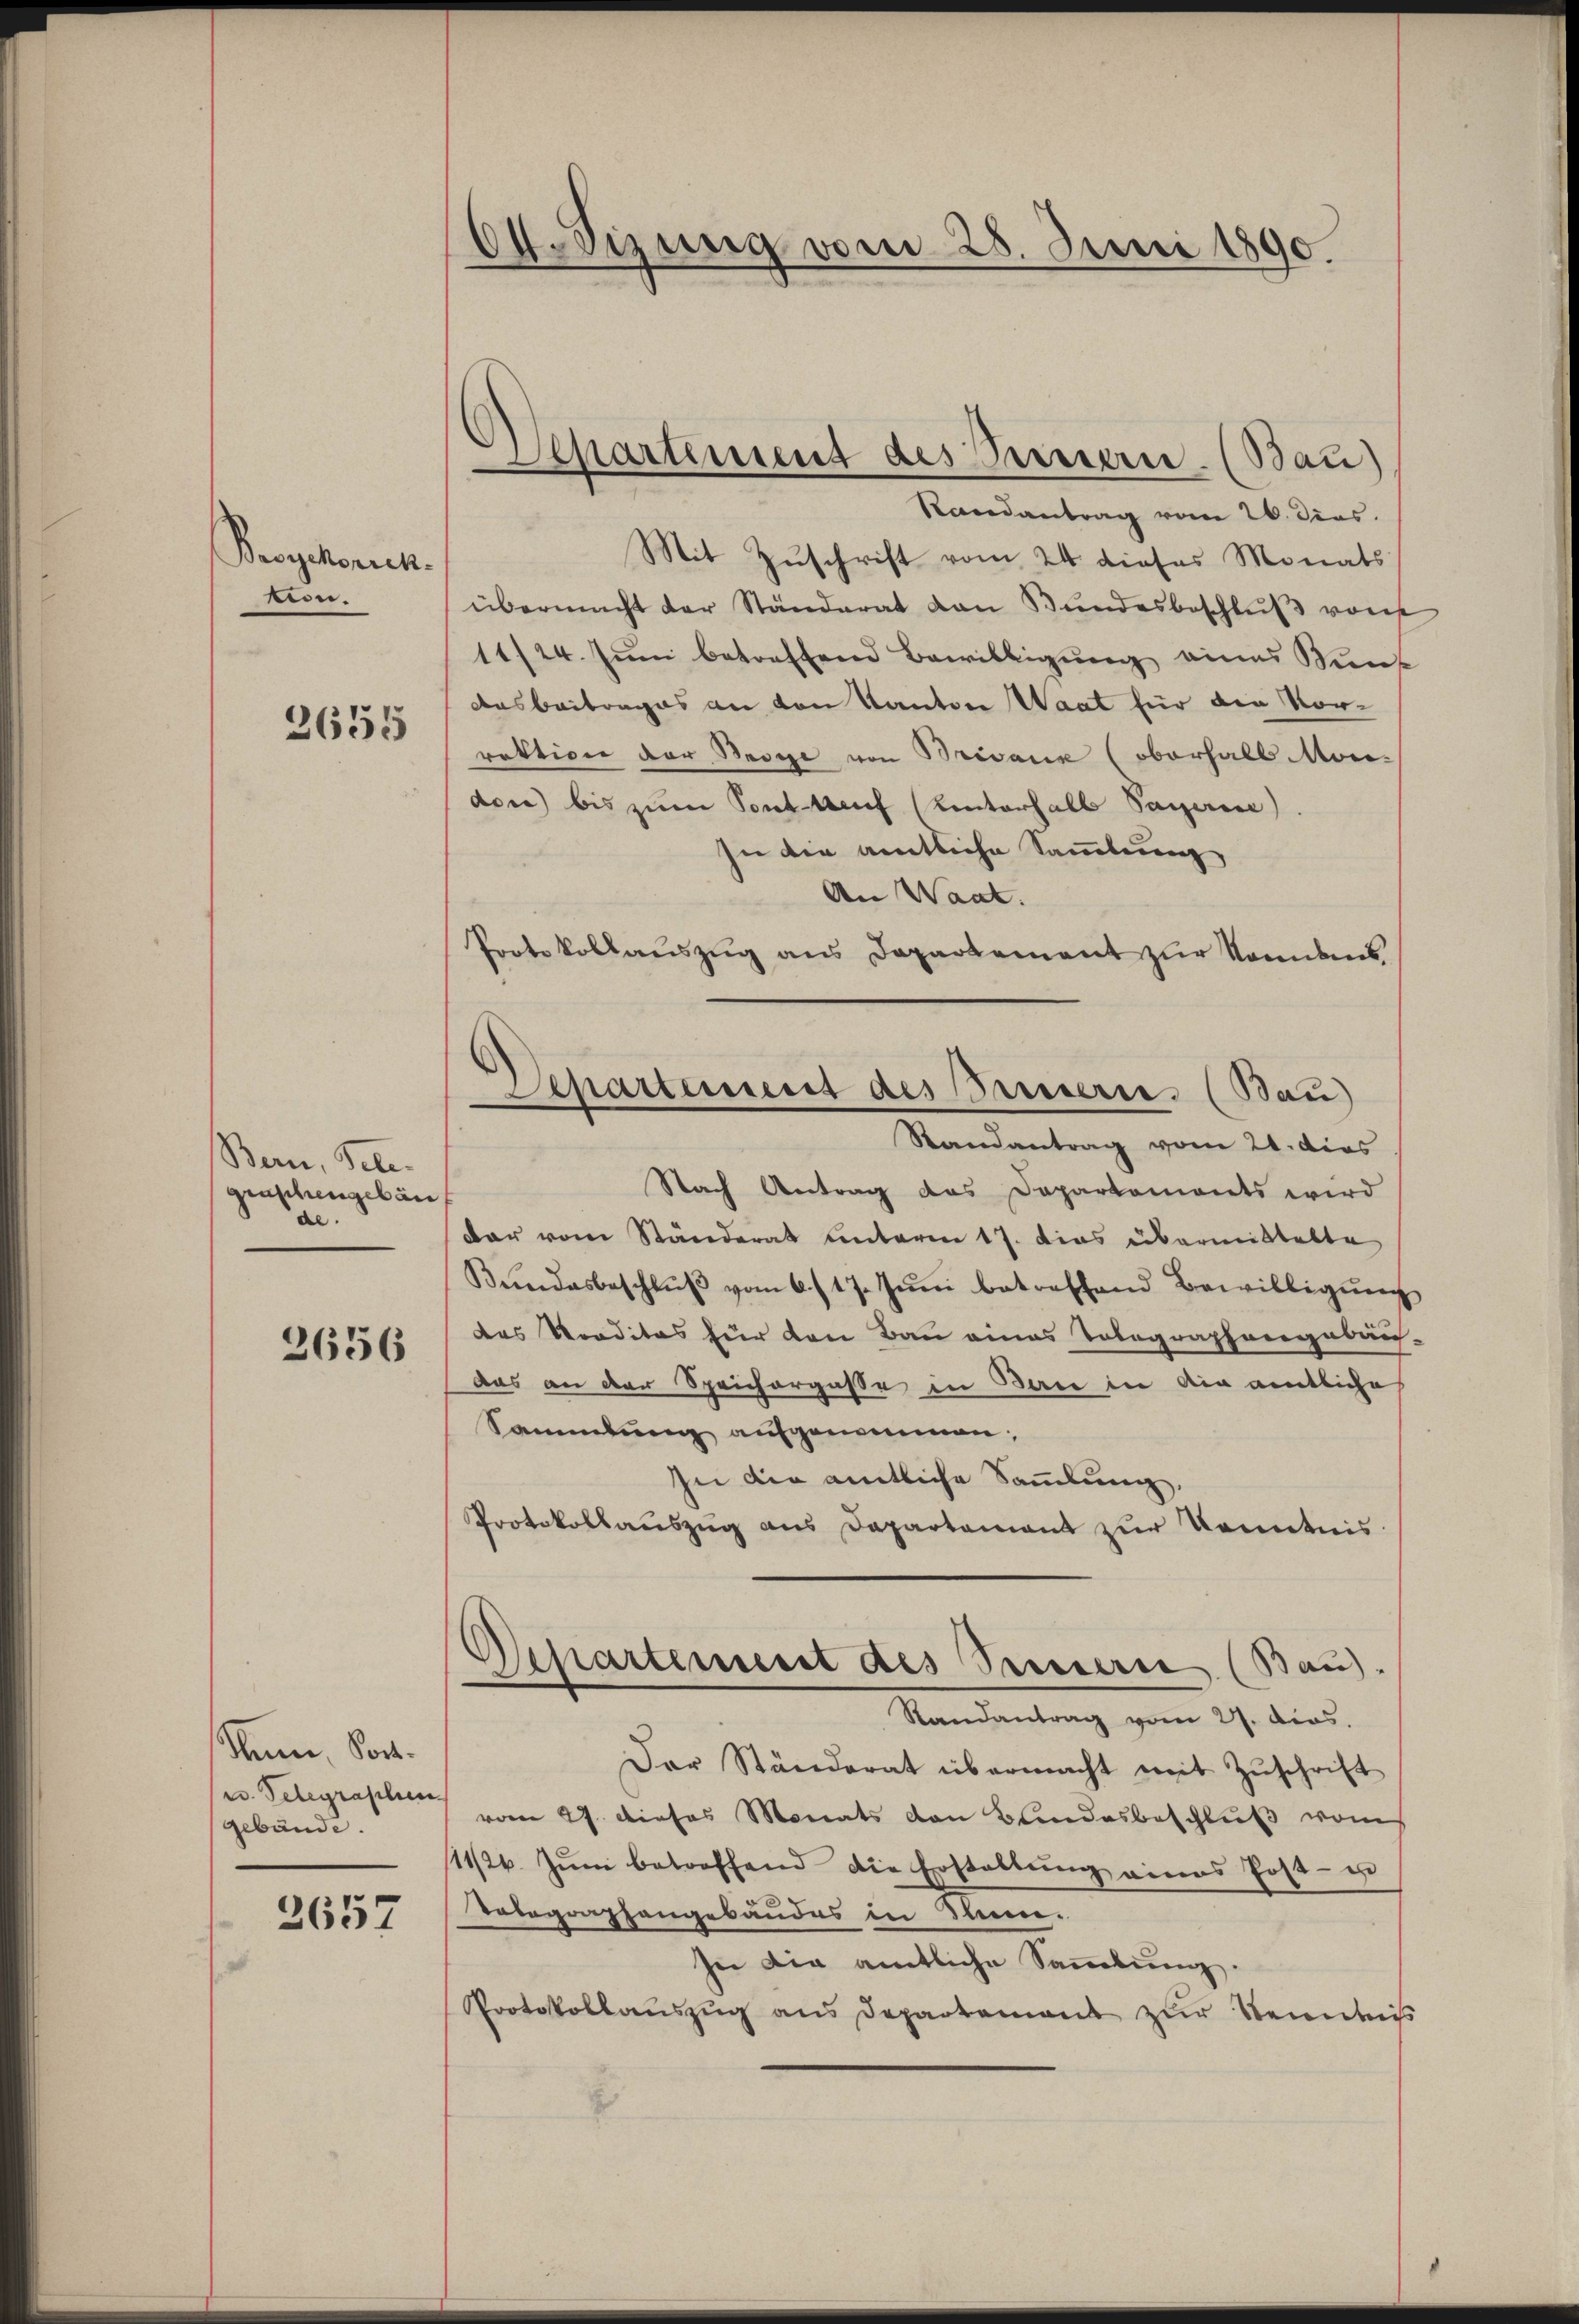
Bayckorich.
koon.

2655

Bern, Tele-
graphengebäu
de.

2656

Sum, Sort.
v. Telegraphen
gebäude.

2657

64 Sizung vom 28. Juni 1890.

Apartement des Prieserie. (Bau)
Randantrag vom 26. Dies

Mit Zuschrift vom 24. dieses Monats
übermacht der Ständerat an Bŭndesbeschlŭβ vors
11/24. Juni betreffend Bewilligung eines Kunk
Ausbeitrages an von Kanton Waat für die Vor-
rektion der Besie von Brivaux (oberhalb Mordere bis zum Pontteif (Unterhalb Sagerei)
In die amtliche Sammlung
An Waat.
Protokollaŭszŭg ans Departement zŭr Namens
Nach Antrag das Dapartements wird
dar vom Ständerat unterm 17. dies übermittelte
Bŭndesbeschlŭβ vom 6./17. Jŭni betreffend Bewilligŭng
das Preditas für den Bau eines Tolegraphengebäu-
das an der Sprichorgasse in Bare in Ain amtliche
Sammlung aufgenommen,
In der amtliche Sammlung,
Protokollauszug aus Departement zur Kenntnis.
Departement des Sennern (Bau).
Randantrag vom 27. dios.
Der Ständerat übermacht mit Zŭschrift
vom 27. dieses Monats von Blindesbeschluß vom
11/2. Jŭni betreffend die Erstaltung eines Post- u
Telegraphengebäudes in Sinn.
In die amtliche Sammlung.
Protokollaŭszŭg ans Departement zur Kenntnis

Separtement des Bernerie. (Bau)
Randantrag vom 21. dies